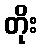
တိုး